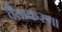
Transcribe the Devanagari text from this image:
वैयाकरण।